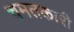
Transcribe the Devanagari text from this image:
चमतकारी